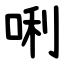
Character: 唎